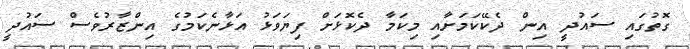
ގޮތުގައި ސައުދީ އިން ދެކޭކަމަށާއި މިކަމާ ދެކޮޅަށް ފިޔަވަޅު އަޅާނެކަމުގެ އިންޒާރުވެސް ސައުދީ